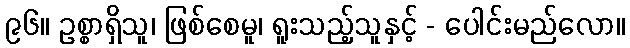
၉၆။ ဥစ္စာရှိသူ၊ ဖြစ်စေမူ၊ ရူးသည့်သူနှင့် - ပေါင်းမည်လော။